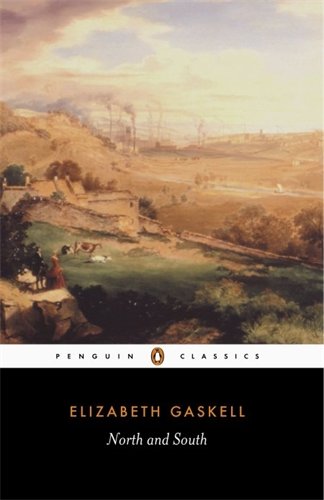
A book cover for North and South (Penguin Classics); Elizabeth Gaskell; Romance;